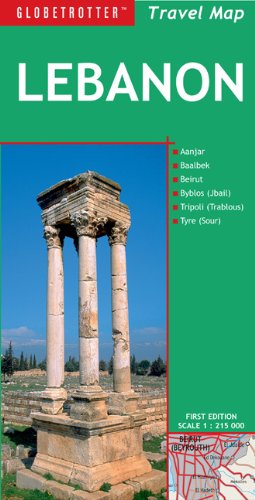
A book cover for Lebanon Travel Map (Globetrotter Travel Maps); Globetrotter; Travel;